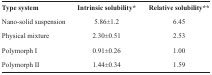
| Type system | Intrinsic solubility* | Relative solubility** |
 | --- | --- | --- |
 | Nano-solid suspension | 5.86±1.2 | 6.45 |
 | Physical mixture | 2.30±0.51 | 2.53 |
 | Polymorph I | 0.91±0.26 | 1.00 |
 | Polymorph II | 1.44±0.34 | 1.59 |